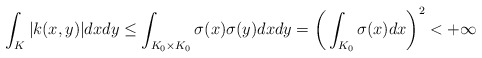
\begin{align*}\int_K |k(x,y)|dxdy \leq \int_{K_0\times K_0}\sigma(x)\sigma(y)dxdy = \bigg(\int_{K_0}\sigma(x)dx\bigg)^2 < +\infty\end{align*}